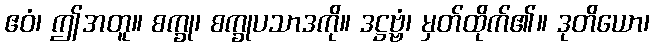
ဧဝံ၊ ဤအတူ။ စက္ခု၊ စက္ခုပသာဒကို။ ဒဋ္ဌဗ္ဗံ၊ မှတ်ထိုက်၏။ ဒုတိယော၊